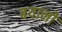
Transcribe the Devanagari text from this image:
बयानो